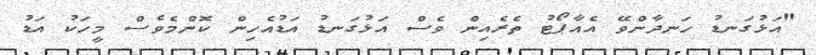
"އަޅުގަނޑު ހަނދާންވޭ އެއާޕޯޓު ތެރެއިން ވެސް އަޅުގަނޑު އަޑުއެހިން ކޮންމެވެސް މީހަކު އަޑު